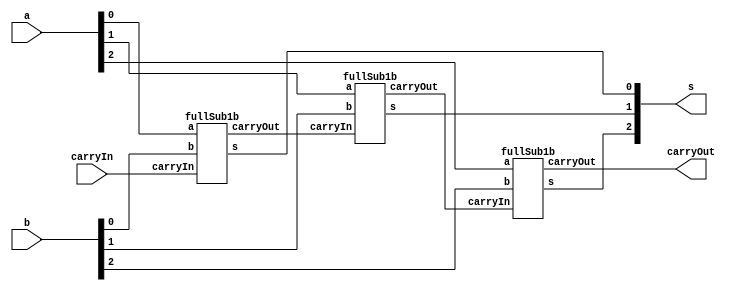
// -------------------------
// Exemplo0022  FULL SUB
// Nome: Willian Antonio dos Santos
// -------------------------
// -------------------------
// full sub 3 bit
// -------------------------
module fullSub3b (output [2:0] s, output carryOut, input [2:0] a, input [2:0] b, input carryIn);
       wire carryOut1, carryOut2;
       fullSub1b FS1(s[0],carryOut1,a[0],b[0],carryIn);
       fullSub1b FS2(s[1],carryOut2,a[1],b[1],carryOut1);
       fullSub1b FS3(s[2],carryOut,a[2],b[2],carryOut2);
endmodule // fullSub3b
// -------------------------
// full sub 1 bit
// -------------------------
module fullSub1b (output s, output carryOut, input a, input b, input carryIn);
       wire s1, s2, s3, aN;
       xor X1(s1, carryIn, b);
       xor X2(s, s1, a);
       not N1(aN, a);
       and A1(s2, s1, aN);
       and A2(s3, b, carryIn);
       or O1(carryOut, s2, s3);
endmodule // fullSub1b
// Testes
module test_fullSub3b;
       // ------------------------- definir dados
       reg [2:0] x;
       reg [2:0] y;
       reg carryIN;
       wire carryOUT;
       wire [2:0] subtracao;
       fullSub3b FS31(subtracao, carryOUT, x, y, carryIN);
       // ------------------------- parte principal
       initial begin
               $display("Exemplo0022 - Willian Antonio dos Santos - 462020");
               $display("Test ALU's full subtrator");
               $display("CarryOUT nao tem valor na representacao, ja que estaria acima do sinal\n( Embora faca parte do subtrator completo ).\n");
               x = 0; y = 0; carryIN = 0;
               $monitor("Valor1: %3b - Valor2: %3b - CarryIn : %b = %3b | CarryOut: %b", x, y, carryIN, subtracao, carryOUT);
               repeat (7) begin
                      #1 y = y + 1;
               end
               #1 $display("-----------------------------------------------------------");
               repeat (7) begin
                      #1 x = x + 1;y = y + 1;
                      repeat (7) begin
                             #1 y = y + 1;
                      end
                      #1 $display("-----------------------------------------------------------");
               end
               #1 x = 0; y = 0; carryIN = 1;
               repeat (7) begin
                      #1 y = y + 1;
               end
               #1 $display("-----------------------------------------------------------");
               repeat (7) begin
                      #1 x = x + 1;y = y + 1;
                      repeat (7) begin
                             #1 y = y + 1;
                      end
                      #1 $display("-----------------------------------------------------------");
               end
       end
endmodule // test_fullSub3b